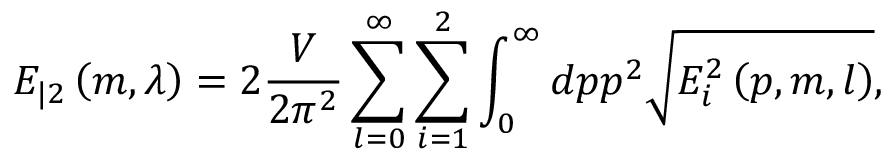
E _ { | 2 } \left( m , \lambda \right) = 2 \frac V { 2 \pi ^ { 2 } } \sum _ { l = 0 } ^ { \infty } \sum _ { i = 1 } ^ { 2 } \int _ { 0 } ^ { \infty } d p p ^ { 2 } \sqrt { E _ { i } ^ { 2 } \left( p , m , l \right) } ,